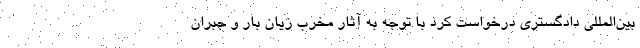
بین‌المللی دادگستری درخواست کرد با توجه به آثار مخرب زیان بار و جبران